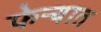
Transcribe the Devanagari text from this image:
फेऱ्यात